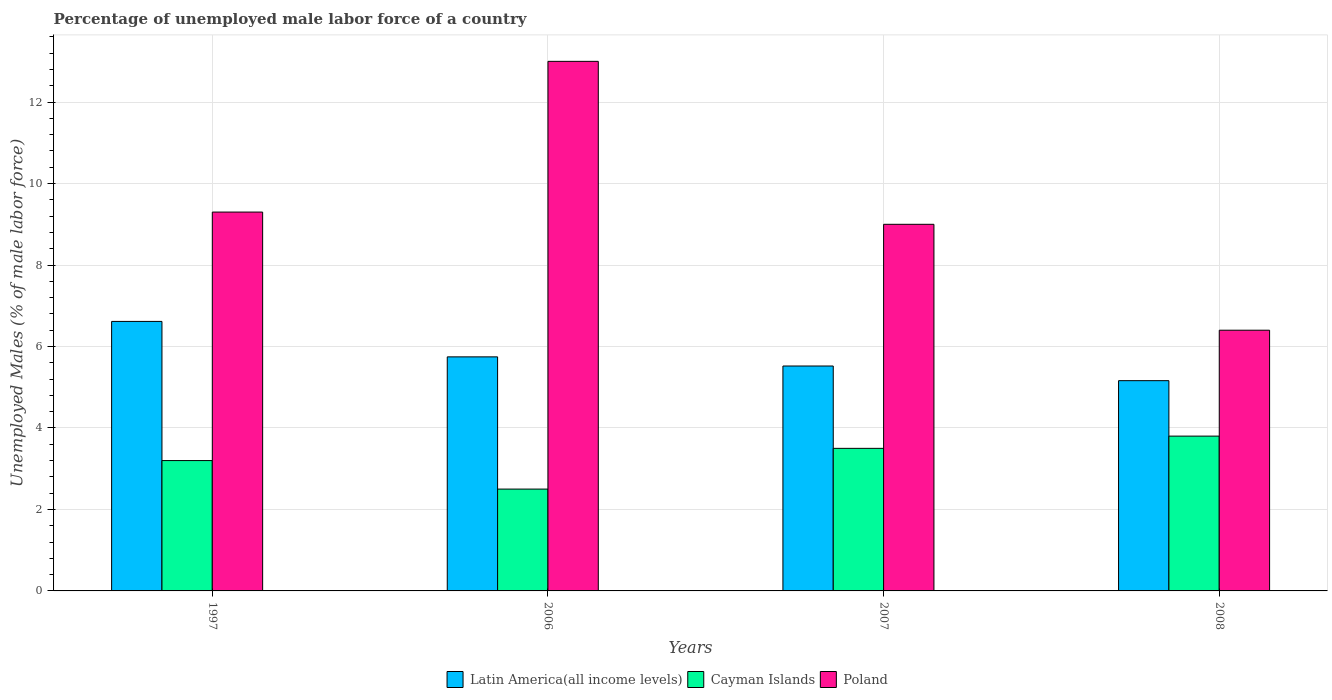
| Years | Latin America(all income levels) | Cayman Islands | Poland |
 | --- | --- | --- | --- |
 | 1997 | 6.62 | 3.2 | 9.3 |
 | 2006 | 5.75 | 2.5 | 13 |
 | 2007 | 5.52 | 3.5 | 9 |
 | 2008 | 5.16 | 3.8 | 6.4 |